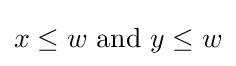
x\leq w{\text{ and }}y\leq w